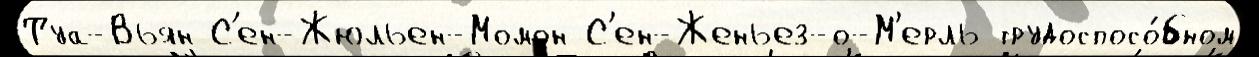
Туа-Вьян С'ен-Жюльен-Момон С'ен-Женьез-о-М'ерль трудоспосо́бном